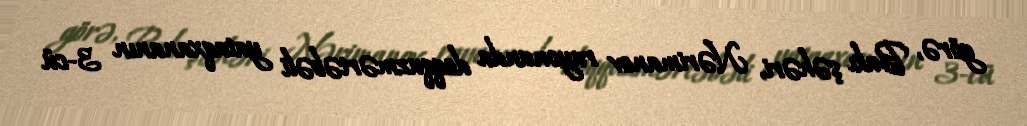
görə, Bakı şəhəri, Nərimanov rayonunda doqquzmərtəbəli yataqxananın 3-cü